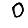
Digit: 0